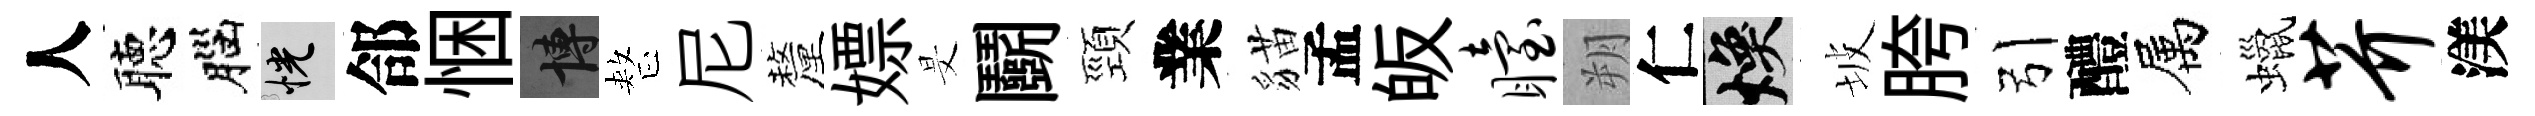
人聴腦恍郃悃博整尼釐嫖旻鬬頸業貓孟皈眙朔仁焕坡胯引醴属蠟芥渼